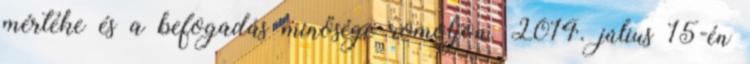
mértéke és a befogadás minősége romoljon. 2014. július 15-én